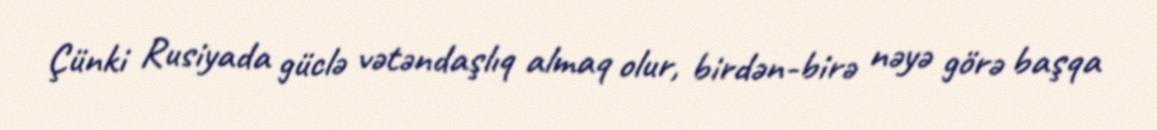
Çünki Rusiyada güclə vətəndaşlıq almaq olur, birdən-birə nəyə görə başqa